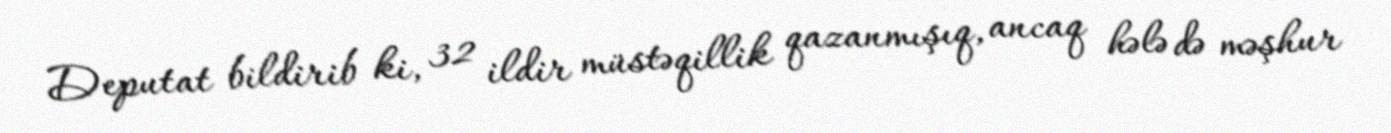
Deputat bildirib ki, 32 ildir müstəqillik qazanmışıq, ancaq hələ də məşhur